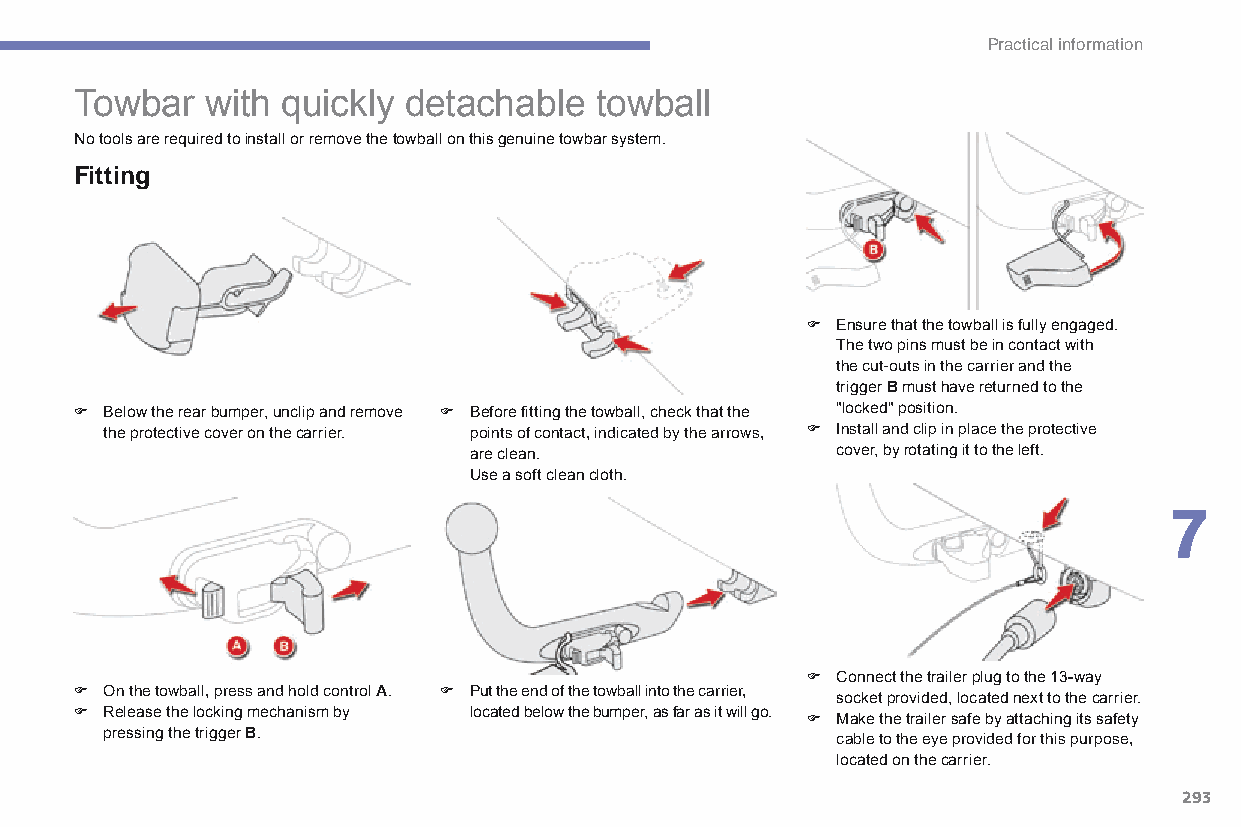
Practical information
 Towbar   with quickly detachable  towball
 No tools are required to install or remove the towball on this genuine towbar system.
 Fitting
 F Ensure that the towball is fully engaged.
 The two pins must be in contact with
 the cut-outs in the carrier and the
 trigger B must have returned to the
 F Below the rear bumper, unclip and remove F Before fitting the towball, check that the "locked" position.
 the protective cover on the carrier. points of contact, indicated by the arrows, F Install and clip in place the protective
 are clean.              cover, by rotating it to the left.
 Use a soft clean cloth.
 7
 F Connect the trailer plug to the 13-way
 F on the towball, press and hold control A. F Put the end of the towball into the carrier,
 socket provided, located next to the carrier.
 F Release the locking mechanism by located below the bumper, as far as it will go. F Make the trailer safe by attaching its safety
 pressing the trigger B.
 cable to the eye provided for this purpose,
 located on the carrier.
 293
 C4-Picasso-II_en_Chap07_info-pratiques_ed01-2015